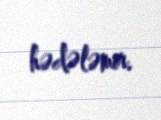
hədələmir.